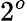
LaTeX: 2^{o}